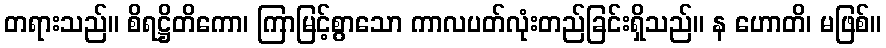
တရားသည်။ စိရဋ္ဌိတိကော၊ ကြာမြင့်စွာသော ကာလပတ်လုံးတည်ခြင်းရှိသည်။ န ဟောတိ၊ မဖြစ်။